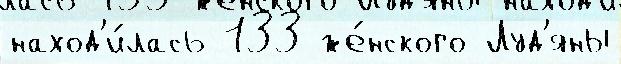
наход'и́лась 133 же́нского Луд'яны